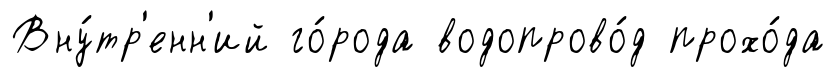
Вну́тр'енн'ий го́рода водопрово́д прохо́да